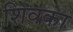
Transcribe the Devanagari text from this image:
शिवका